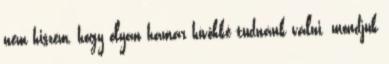
nem hiszem, hogy olyan hamar hívőkké tudnánk válni. mondjuk